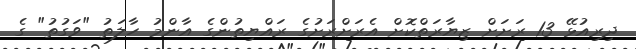
ދިރިއުޅޭ 13 ރަށަށް ޒިޔާރަތްކޮށް އެރަށްރަށުގެ ރައްޔިތުންގެ އާންމު ހާލަތު "ވަގުތު" ގެ